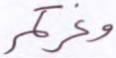
وغركم